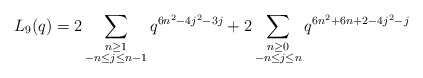
\begin{align*} L_{9}(q) = 2\sum_{\substack{n \geq 1 \\ -n \leq j \leq n-1}} q^{6n^2 - 4j^2 -3j} + 2\sum_{\substack{n \geq 0 \\ -n \leq j \leq n}} q^{6n^2 + 6n + 2- 4j^2 - j}\end{align*}